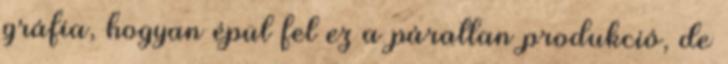
gráfia, hogyan épül fel ez a páratlan produkció, de